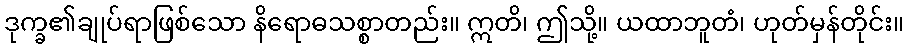
ဒုက္ခ၏ချုပ်ရာဖြစ်သော နိရောဓသစ္စာတည်း။ ဣတိ၊ ဤသို့။ ယထာဘူတံ၊ ဟုတ်မှန်တိုင်း။